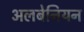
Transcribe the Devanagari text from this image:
अलबेनियन